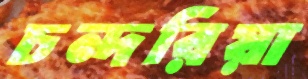
চন্দরিয়া